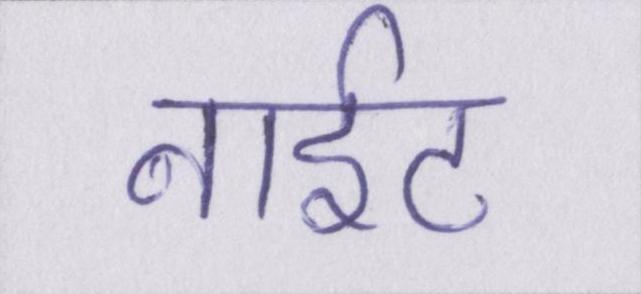
नाईट